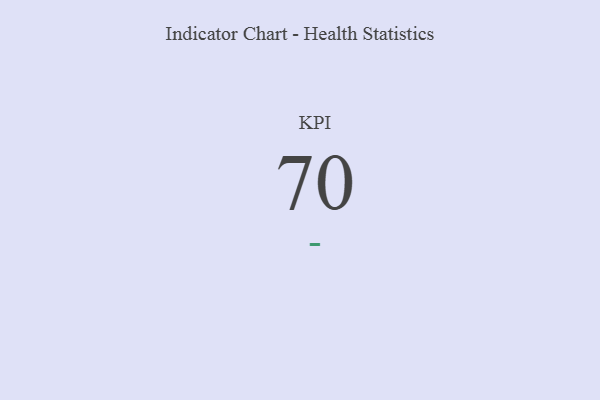
{"axis": {"x": "KPI", "y": "Value"}, "legend": [""], "data": [{"x": "KPI", "y": 70, "type": ""}]}